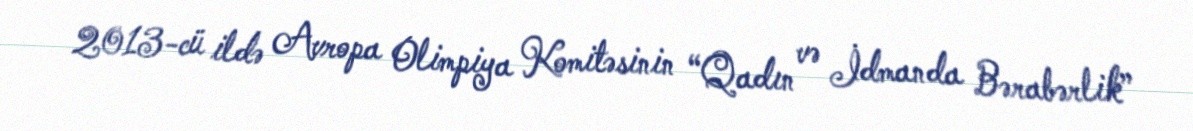
2013-cü ildə Avropa Olimpiya Komitəsinin “Qadın və İdmanda Bərabərlik”